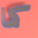
كما